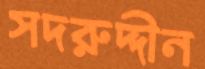
সদরুদ্দীন